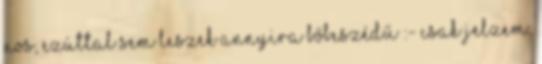
Nos, ezúttal sem leszek annyira bőbeszédű :- Csak jelzem,